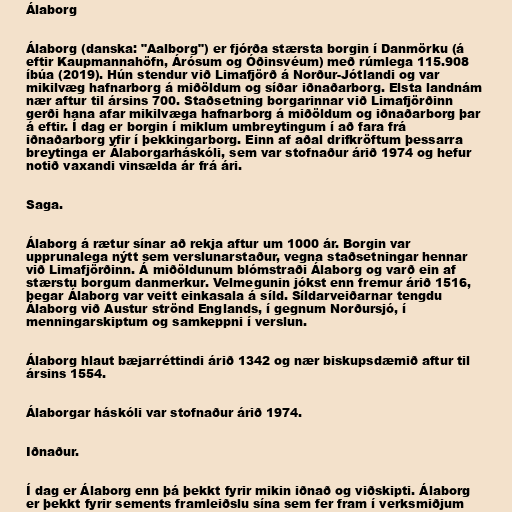
Álaborg

Álaborg (danska: "Aalborg") er fjórða stærsta borgin í Danmörku (á
eftir Kaupmannahöfn, Árósum og Óðinsvéum) með rúmlega 115.908
íbúa (2019). Hún stendur við Limafjörð á Norður-Jótlandi og var
mikilvæg hafnarborg á miðöldum og síðar iðnaðarborg. Elsta landnám
nær aftur til ársins 700. Staðsetning borgarinnar við Limafjörðinn
gerði hana afar mikilvæga hafnarborg á miðöldum og iðnaðarborg þar
á eftir. Í dag er borgin í miklum umbreytingum í að fara frá
iðnaðarborg yfir í þekkingarborg. Einn af aðal drifkröftum þessarra
breytinga er Álaborgarháskóli, sem var stofnaður árið 1974 og hefur
notið vaxandi vinsælda ár frá ári.

Saga.

Álaborg á rætur sínar að rekja aftur um 1000 ár. Borgin var
upprunalega nýtt sem verslunarstaður, vegna staðsetningar hennar
við Limafjörðinn. Á miðöldunum blómstraði Álaborg og varð ein af
stærstu borgum danmerkur. Velmegunin jókst enn fremur árið 1516,
þegar Álaborg var veitt einkasala á síld. Síldarveiðarnar tengdu
Álaborg við Austur strönd Englands, í gegnum Norðursjó, í
menningarskiptum og samkeppni í verslun.

Álaborg hlaut bæjarréttindi árið 1342 og nær biskupsdæmið aftur til
ársins 1554.

Álaborgar háskóli var stofnaður árið 1974.

Iðnaður.

Í dag er Álaborg enn þá þekkt fyrir mikin iðnað og viðskipti. Álaborg
er þekkt fyrir sements framleiðslu sína sem fer fram í verksmiðjum